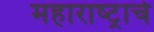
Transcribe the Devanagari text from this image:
महाराष्‍ट्राचे